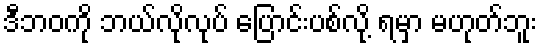
ဒီဘဝကို ဘယ်လိုလုပ် ပြောင်းပစ်လို့ ရမှာ မဟုတ်ဘူး